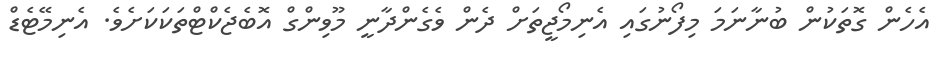
އެހެން ގޮތަކުން ބުނާނަމަ މިފޯނުގައި އެނިމޯޖީތަށް ދެން ވެގެންދާނީ މޫވިންގް އޮބެޖެކްޓްތަކަކަށެވެ. އެނިމޭޓެޑް